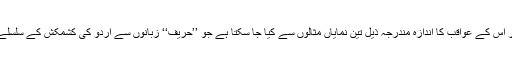
ہمارے یہاں مروّج اس رویے اور اس کے عواقب کا اندازہ مندرجہ ذیل تین نمایاں مثالوں سے کیا جا سکتا ہے جو ’’حریف‘‘ زبانوں سے اُردو کی کشمکش کے سلسلے میں ہماری تاریخ میں ملتی ہیں۔